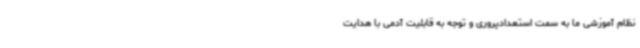
نظام آموزشی ما به سمت استعدادپروری و توجه به قابلیت آدمی با هدایت